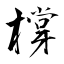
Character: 橕